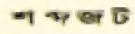
শব্দজট